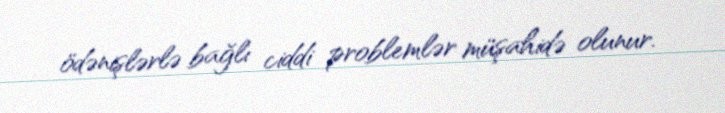
ödənişlərlə bağlı ciddi problemlər müşahidə olunur.